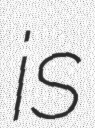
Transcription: is